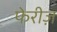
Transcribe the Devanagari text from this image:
फेरीज़